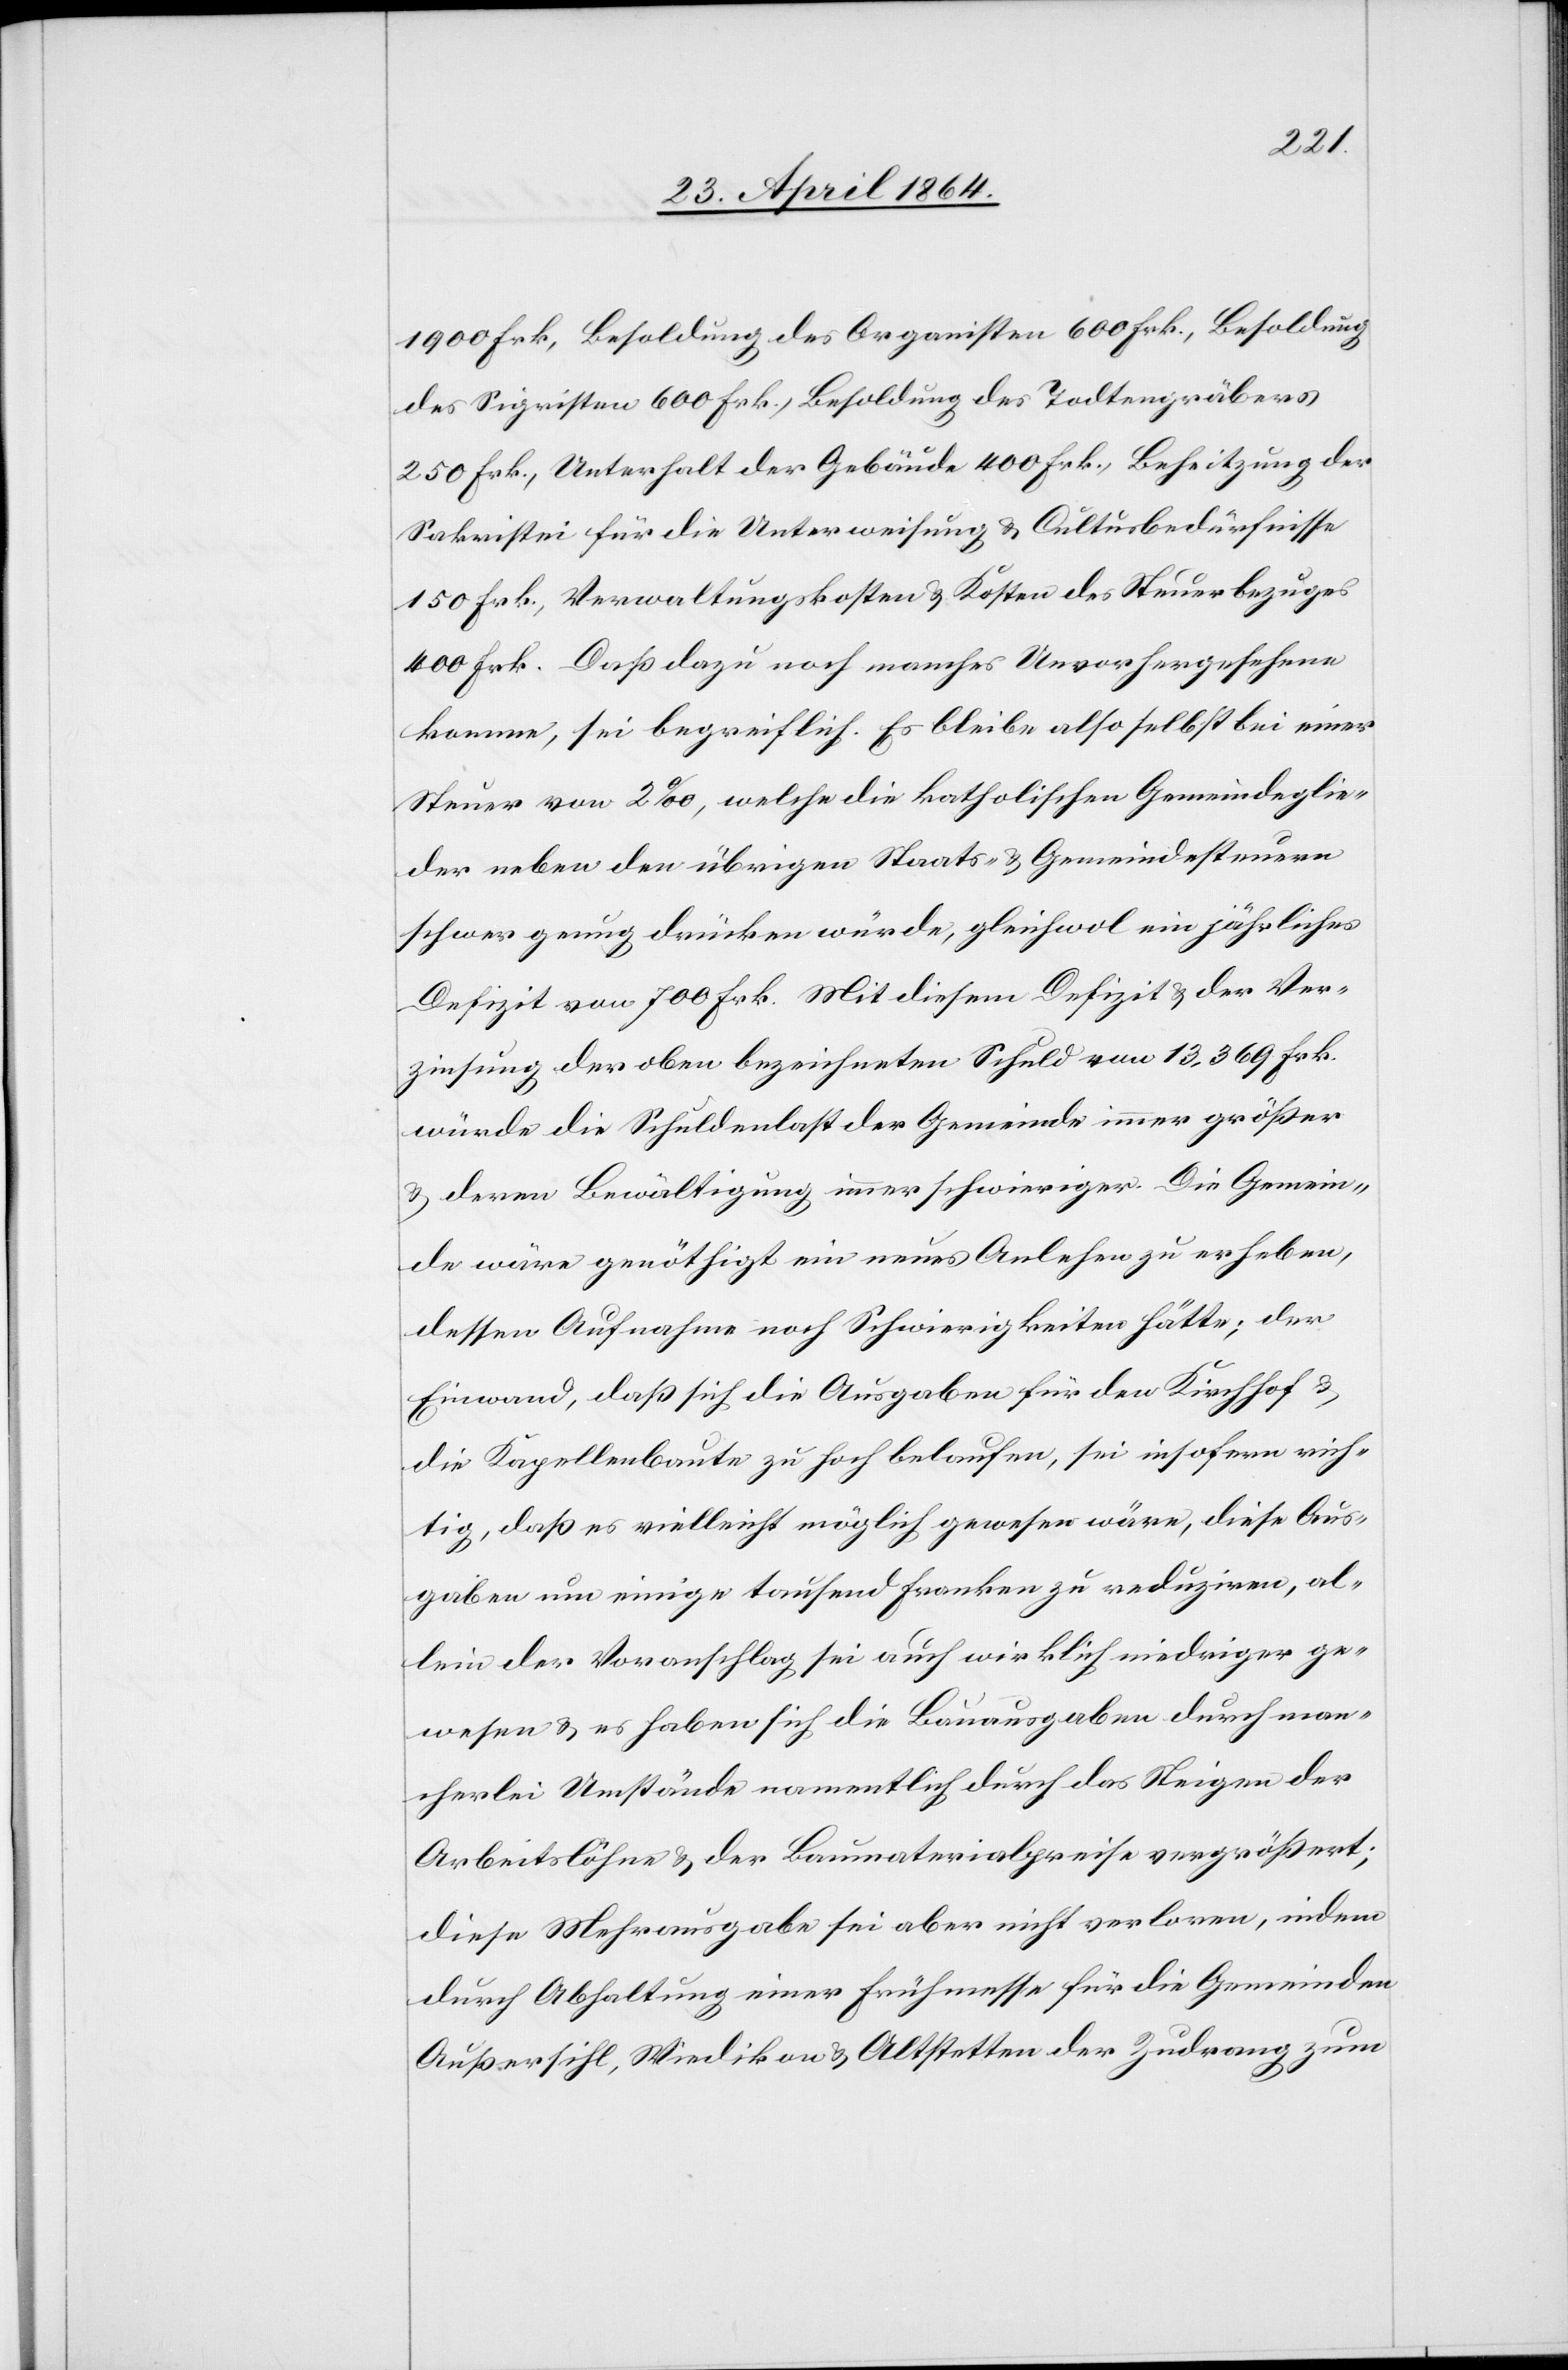
1900 Frk, Besoldung des Organisten 600 Frk., Besoldung
des Sigristen 600 Frk., Besoldung des Todtengräbers
250 Frk., Unterhalt der Gebäude 400 Frk., Beheitzung der
Sakristei für die Unterweisung u. Cultusbedürfnisse
150 Frk., Verwaltungskosten u. Kosten des Steuerbezuges
400 Frk. Daß dazu noch manches Unvorhergesehene
komme, sei begreiflich. Es bleibe also selbst bei einer
Steuer von 2‰, welche die katholischen Gemeindeglie¬
der neben den übrigen Staats- u. Gemeindesteuern
schwer genug drücken würde, gleichwol ein jährliches
Defizit von 700 Frk. Mit diesem Defizit u. der Ver¬
zinsung der oben bezeichneten Schuld von 13,369 Frk.
würde die Schuldenlast der Gemeinde immer größer
u. deren Bewältigung immer schwieriger. Die Gemein¬
de wäre genöthigt ein neues Anlehen zu erheben,
dessen Aufnahme noch Schwierigkeiten hätte; der
Einwand, daß sich die Ausgaben für den Kirchhof u.
die Kapellenbaute zu hoch belaufen, sei insofern rich¬
tig, daß es vielleicht möglich gewesen wäre, diese Aus¬
gaben um einige tausend Franken zu reduziren, al¬
lein der Voranschlag sei auch wirklich niedriger ge¬
wesen u. es haben sich die Bauausgaben durch man¬
cherlei Umstände namentlich durch das Steigen der
Arbeitslöhne u. der Baumaterialpreise vergrößert;
diese Mehrausgabe sei aber nicht verloren, indem
durch Abhaltung einer Frühmesse für die Gemeinden
Außersihl, Wiedikon u. Altstetten der Zudrang zum